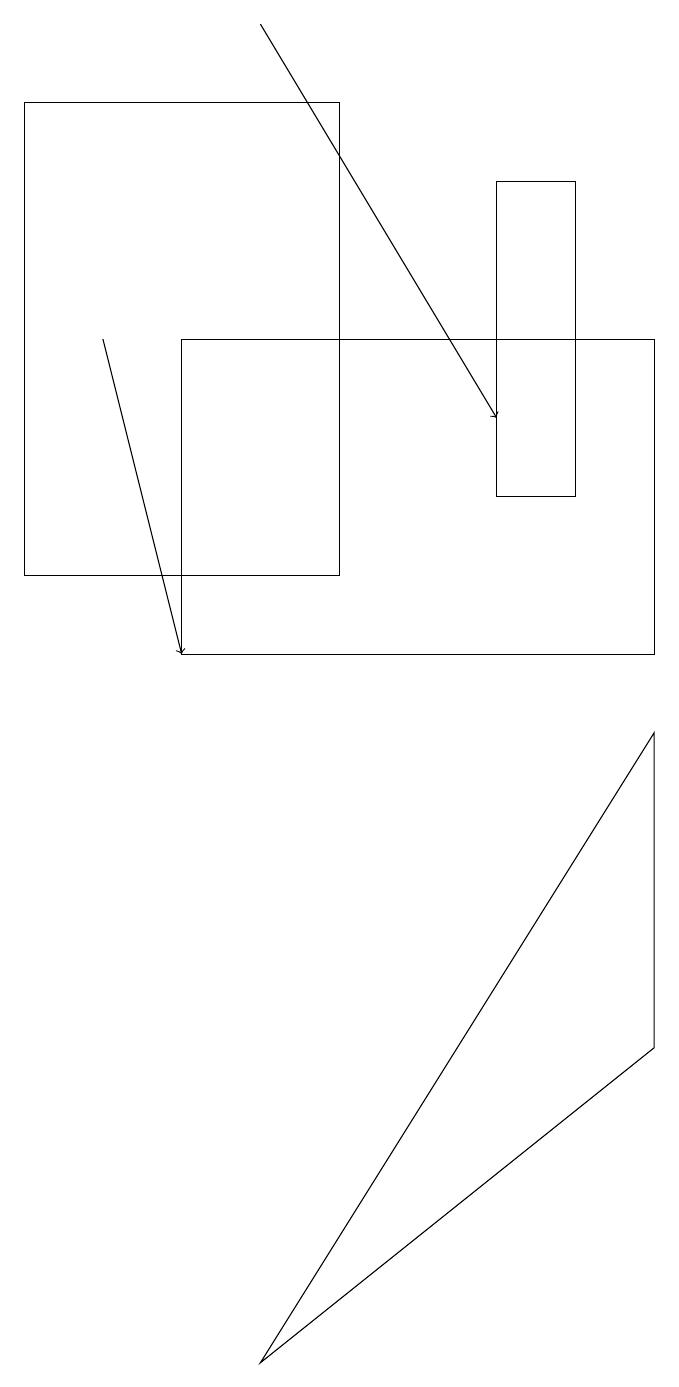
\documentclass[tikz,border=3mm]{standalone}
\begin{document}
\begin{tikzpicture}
\draw[->] (4,18) -- (7,13);
\draw (7,16) rectangle (8,12);
\draw[->] (2,14) -- (3,10);
\draw (9,9) -- (9,5) -- (4,1) -- cycle;
\draw (5,11) rectangle (1,17);
\draw (9,14) rectangle (3,10);
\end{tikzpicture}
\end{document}